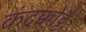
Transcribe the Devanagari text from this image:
कंदक्कोट्टै